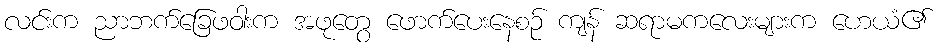
လင်းက ညာဘက်ခြေဖဝါးက အဖုတွေ ဖောက်ပေးနေစဉ် ကျန် ဆရာမကလေးများက ဟေယံ၏